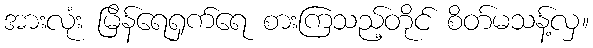
အားလုံး မြိန်ရေရှက်ရေ စားကြသည့်တိုင် စိတ်မသန့်လှ။